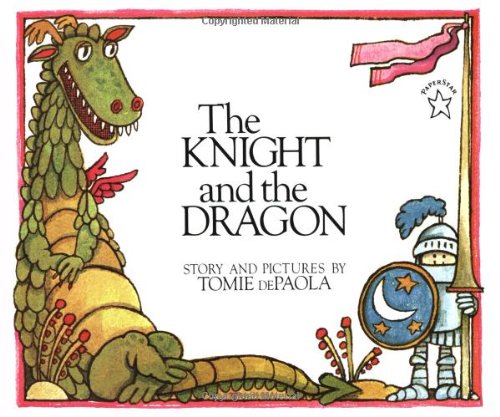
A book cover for The Knight and the Dragon (Paperstar Book); Tomie dePaola; Children's Books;